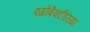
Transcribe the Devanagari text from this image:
एग्रोबैक्टीरिया